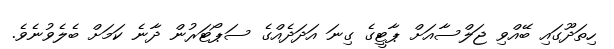
ހިތަދޫގައި ބޭއްވި ޖަލްސާއަށް ޕާޓީގެ ގިނަ އަދަދެއްގެ ސަޕޯޓަރުން ދާނެ ކަމަށް ބެލެވުނެވެ.